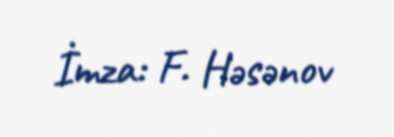
İmza: F. Həsənov